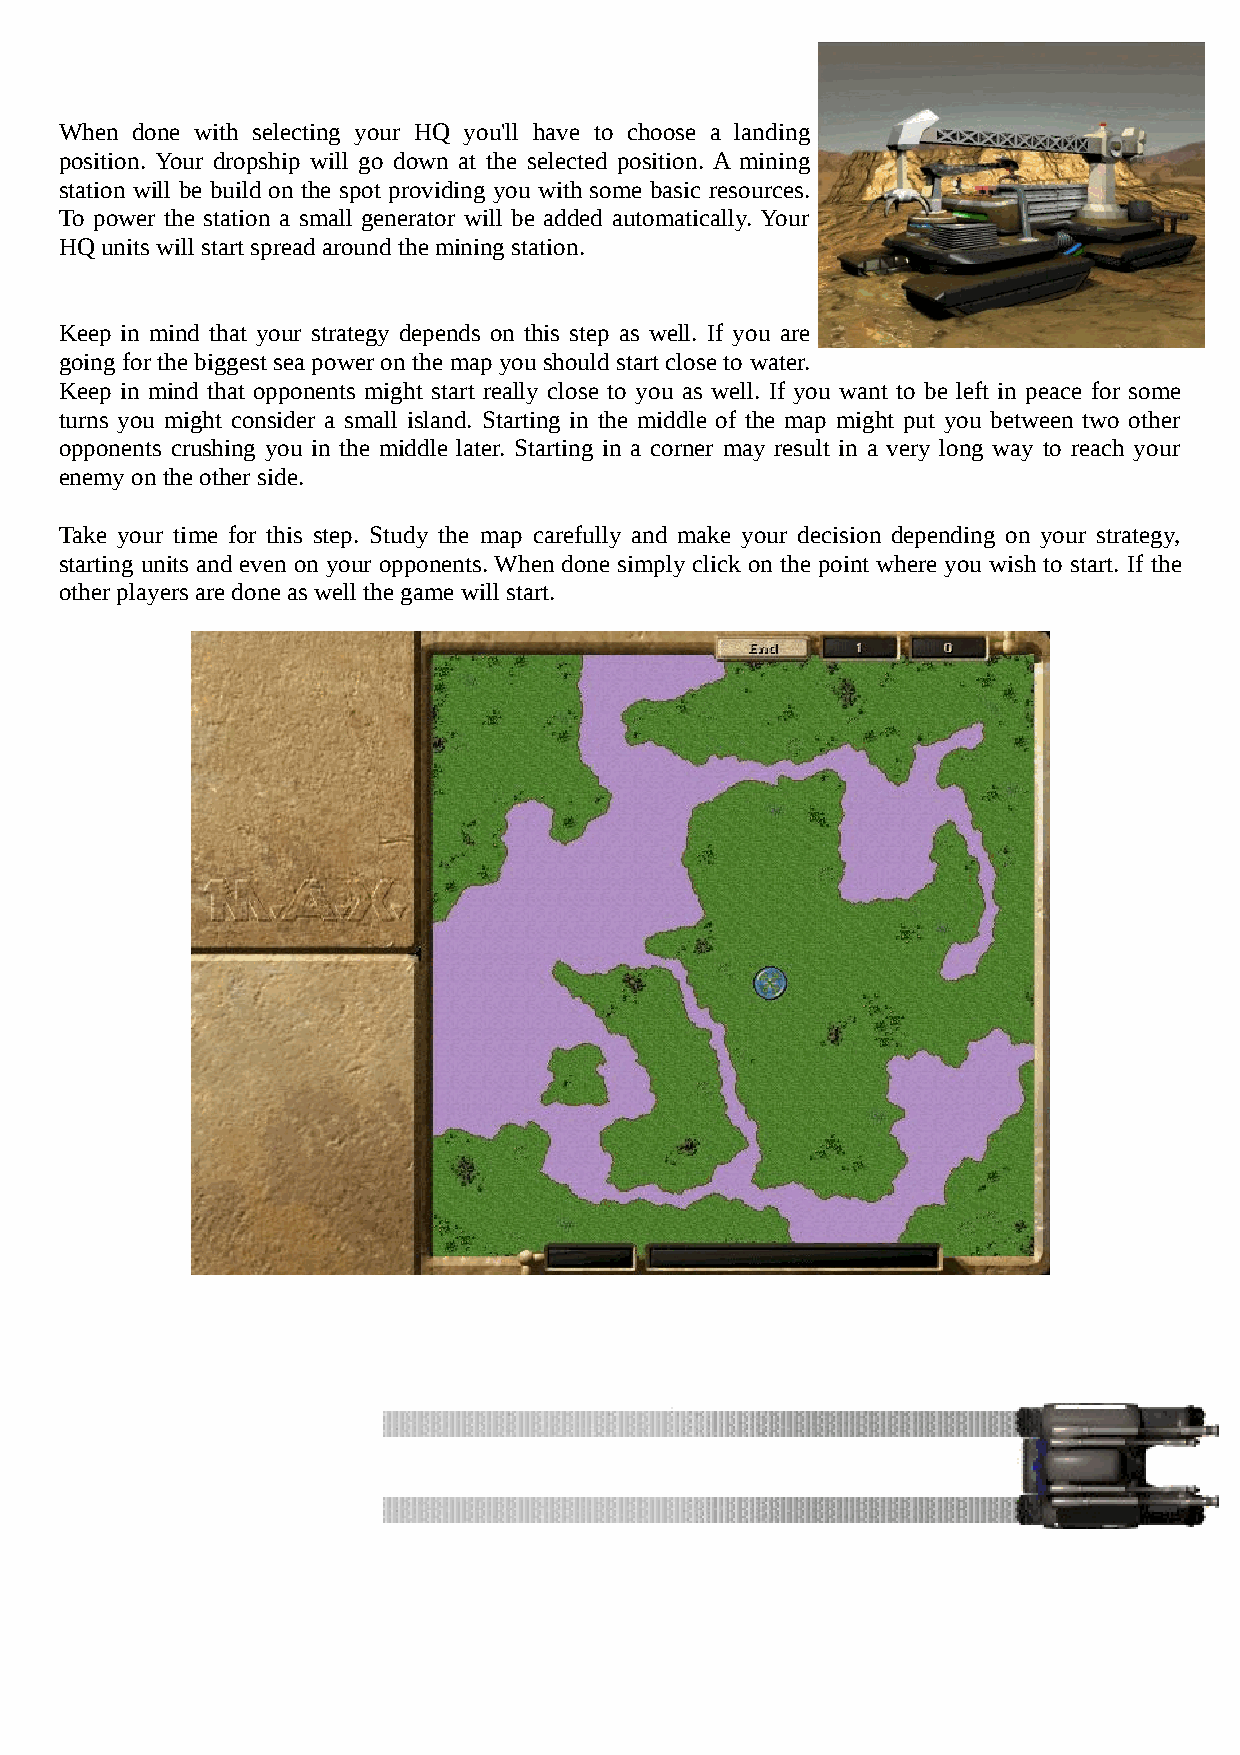
When done with selecting your HQ you'll have to choose a landing
 position. Your dropship will go down at the selected position. A mining
 station will be build on the spot providing you with some basic resources.
 To power the station a small generator will be added automatically. Your
 HQ units will start spread around the mining station.
 Keep in mind that your strategy depends on this step as well. If you are
 going for the biggest sea power on the map you should start close to water.
 Keep in mind that opponents might start really close to you as well. If you want to be left in peace for some
 turns you might consider a small island. Starting in the middle of the map might put you between two other
 opponents crushing you in the middle later. Starting in a corner may result in a very long way to reach your
 enemy on the other side.
 Take your time for this step. Study the map carefully and make your decision depending on your strategy,
 starting units and even on your opponents. When done simply click on the point where you wish to start. If the
 other players are done as well the game will start.